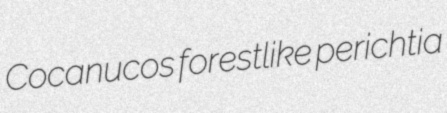
Cocanucos forestlike perichtia